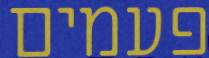
פעמים